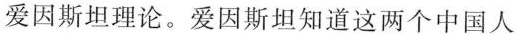
爱因斯坦理论。爱因斯坦知道这两个中国人